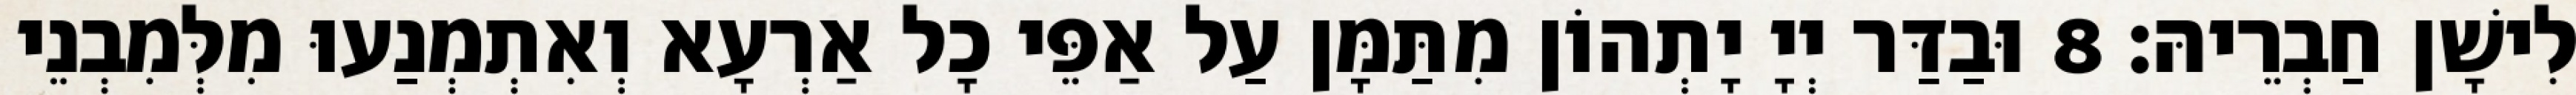
לִישָׁן חַבְרֵיהּ׃ 8 וּבַדַּר יְיָ יָתְהוֹן מִתַּמָּן עַל אַפֵּי כָל אַרְעָא וְאִתְמְנַעוּ מִלְּמִבְנֵי